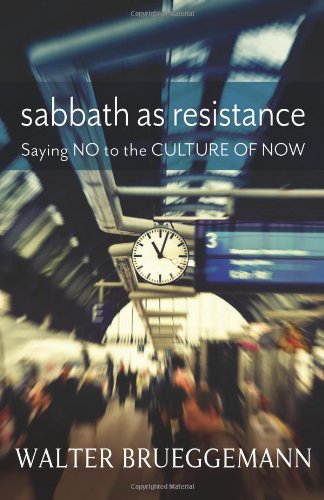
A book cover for Sabbath as Resistance: Saying No to the Culture of Now; Walter Brueggemann; Christian Books & Bibles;